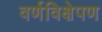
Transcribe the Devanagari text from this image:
वर्णविक्षेपण